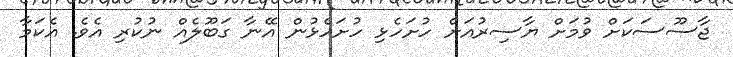
ޖާސޫސަކަށް ވުމަށް ޔާސިރުއަށް ހުށަހެޅި ހުށަހެޅުން އޭނާ ގަބޫލެއް ނުކުރި އެވެ. އެކަމާ